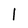
Character: l